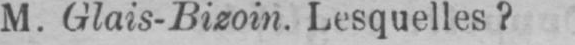
M. Glais-Bizoin. Lesquelles?